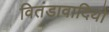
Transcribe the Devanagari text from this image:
वितंडावादियों